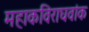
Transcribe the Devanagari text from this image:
महाकविराघवांक